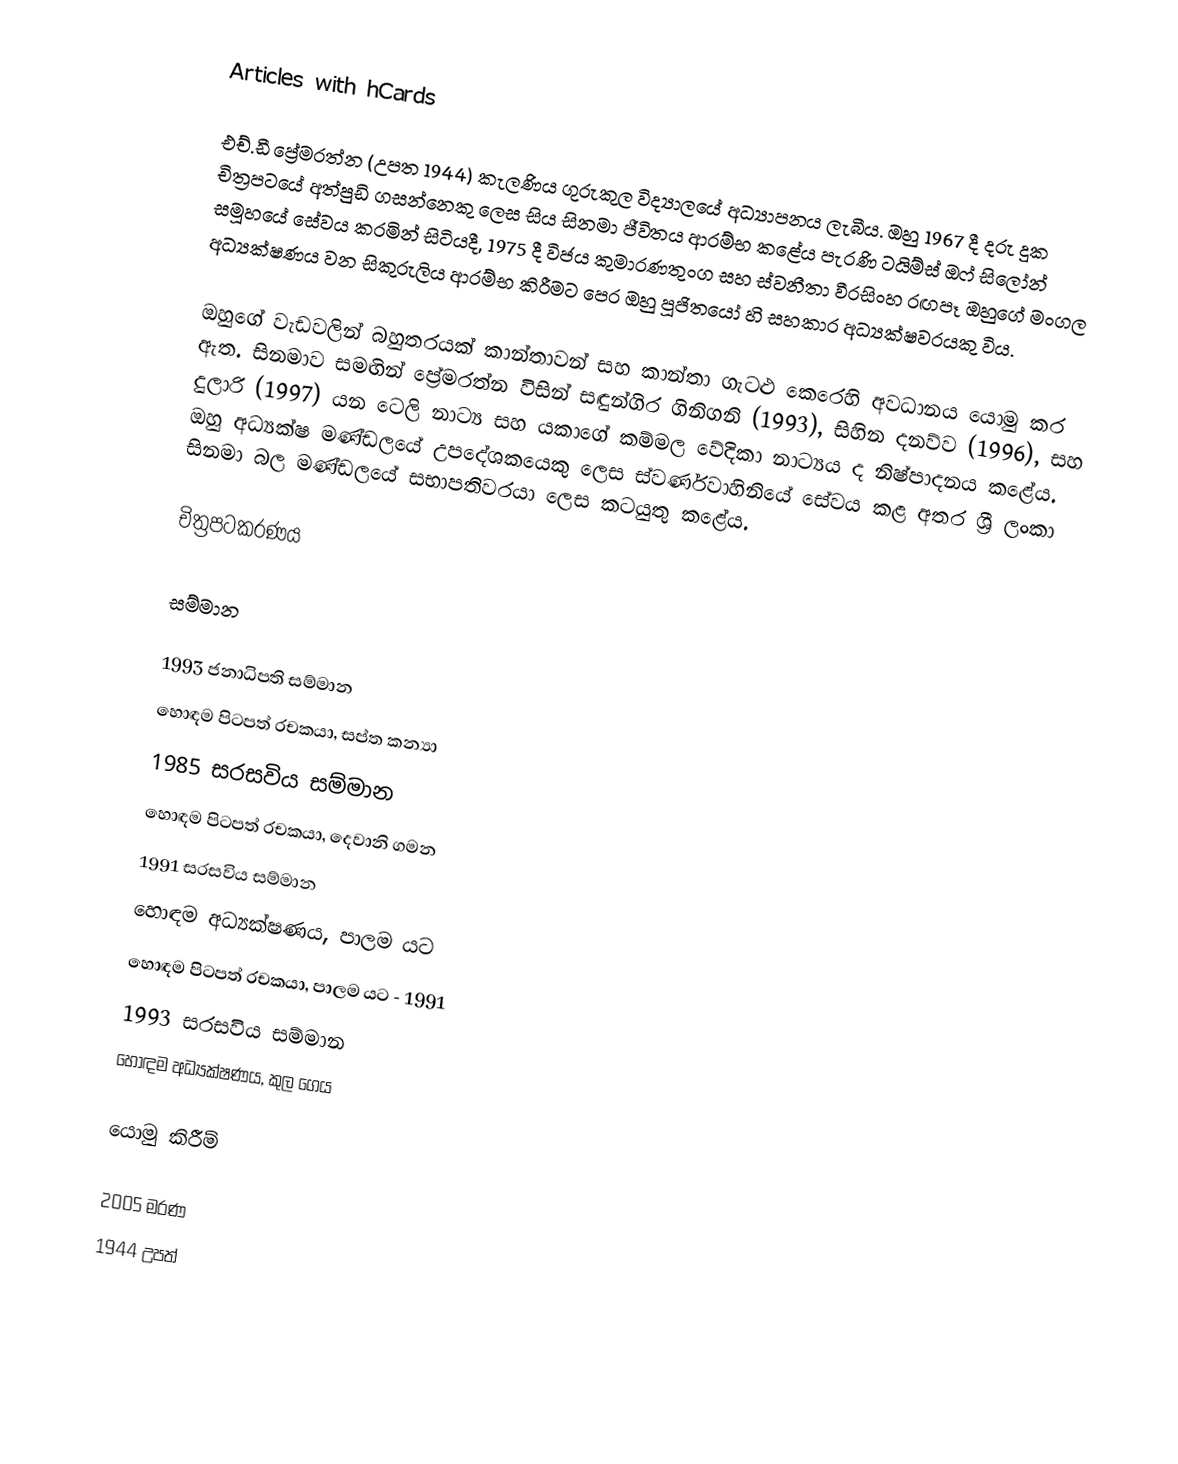
Articles with hCards

එච්.ඩී ප්‍රේමරත්න (උපත 1944) කැලණිය ගුරුකුල විද්‍යාලයේ අධ්‍යාපනය ලැබීය. ඔහු 1967 දී දරු දුක චිත්‍රපටයේ අත්පුඩි ගසන්නෙකු ලෙස සිය සිනමා ජීවිතය ආරම්භ කළේය  පැරණි ටයිම්ස් ඔෆ් සිලෝන් සමූහයේ සේවය කරමින් සිටියදී, 1975 දී විජය කුමාරණතුංග  සහ ස්වනීතා වීරසිංහ රඟපෑ ඔහුගේ මංගල අධ්‍යක්ෂණය වන සිකුරුලිය ආරම්භ කිරීමට පෙර ඔහු පූජිතයෝ හි සහකාර අධ්‍යක්ෂවරයකු විය.

ඔහුගේ වැඩවලින් බහුතරයක් කාන්තාවන් සහ කාන්තා ගැටළු කෙරෙහි අවධානය යොමු කර ඇත.  සිනමාව සමඟින් ප්‍රේමරත්න විසින් සඳුන්ගිර ගිනිගනි (1993),  සිහින දනව්ව (1996),  සහ දුලාරි (1997)  යන ටෙලි නාට්‍ය සහ යකාගේ කම්මල වේදිකා නාට්‍යය ද නිෂ්පාදනය කළේය. ඔහු අධ්‍යක්ෂ මණ්ඩලයේ උපදේශකයෙකු ලෙස ස්වර්ණවාහිනියේ සේවය කළ අතර ශ්‍රී ලංකා සිනමා බල මණ්ඩලයේ සභාපතිවරයා ලෙස කටයුතු කළේය.

චිත්‍රපටකරණය

සම්මාන

 1993 ජනාධිපති සම්මාන
 හොඳම පිටපත් රචකයා, සප්ත කන්‍යා
 1985 සරසවිය සම්මාන
 හොඳම පිටපත් රචකයා, දෙවානි ගමන
 1991 සරසවිය සම්මාන
 හොඳම අධ්‍යක්ෂණය, පාලම යට
 හොඳම පිටපත් රචකයා, පාලම යට - 1991
 1993 සරසවිය සම්මාන
 හොඳම අධ්‍යක්ෂණය, කුල ගෙය

යොමු කිරීම්

2005 මරණ
1944 උපත්